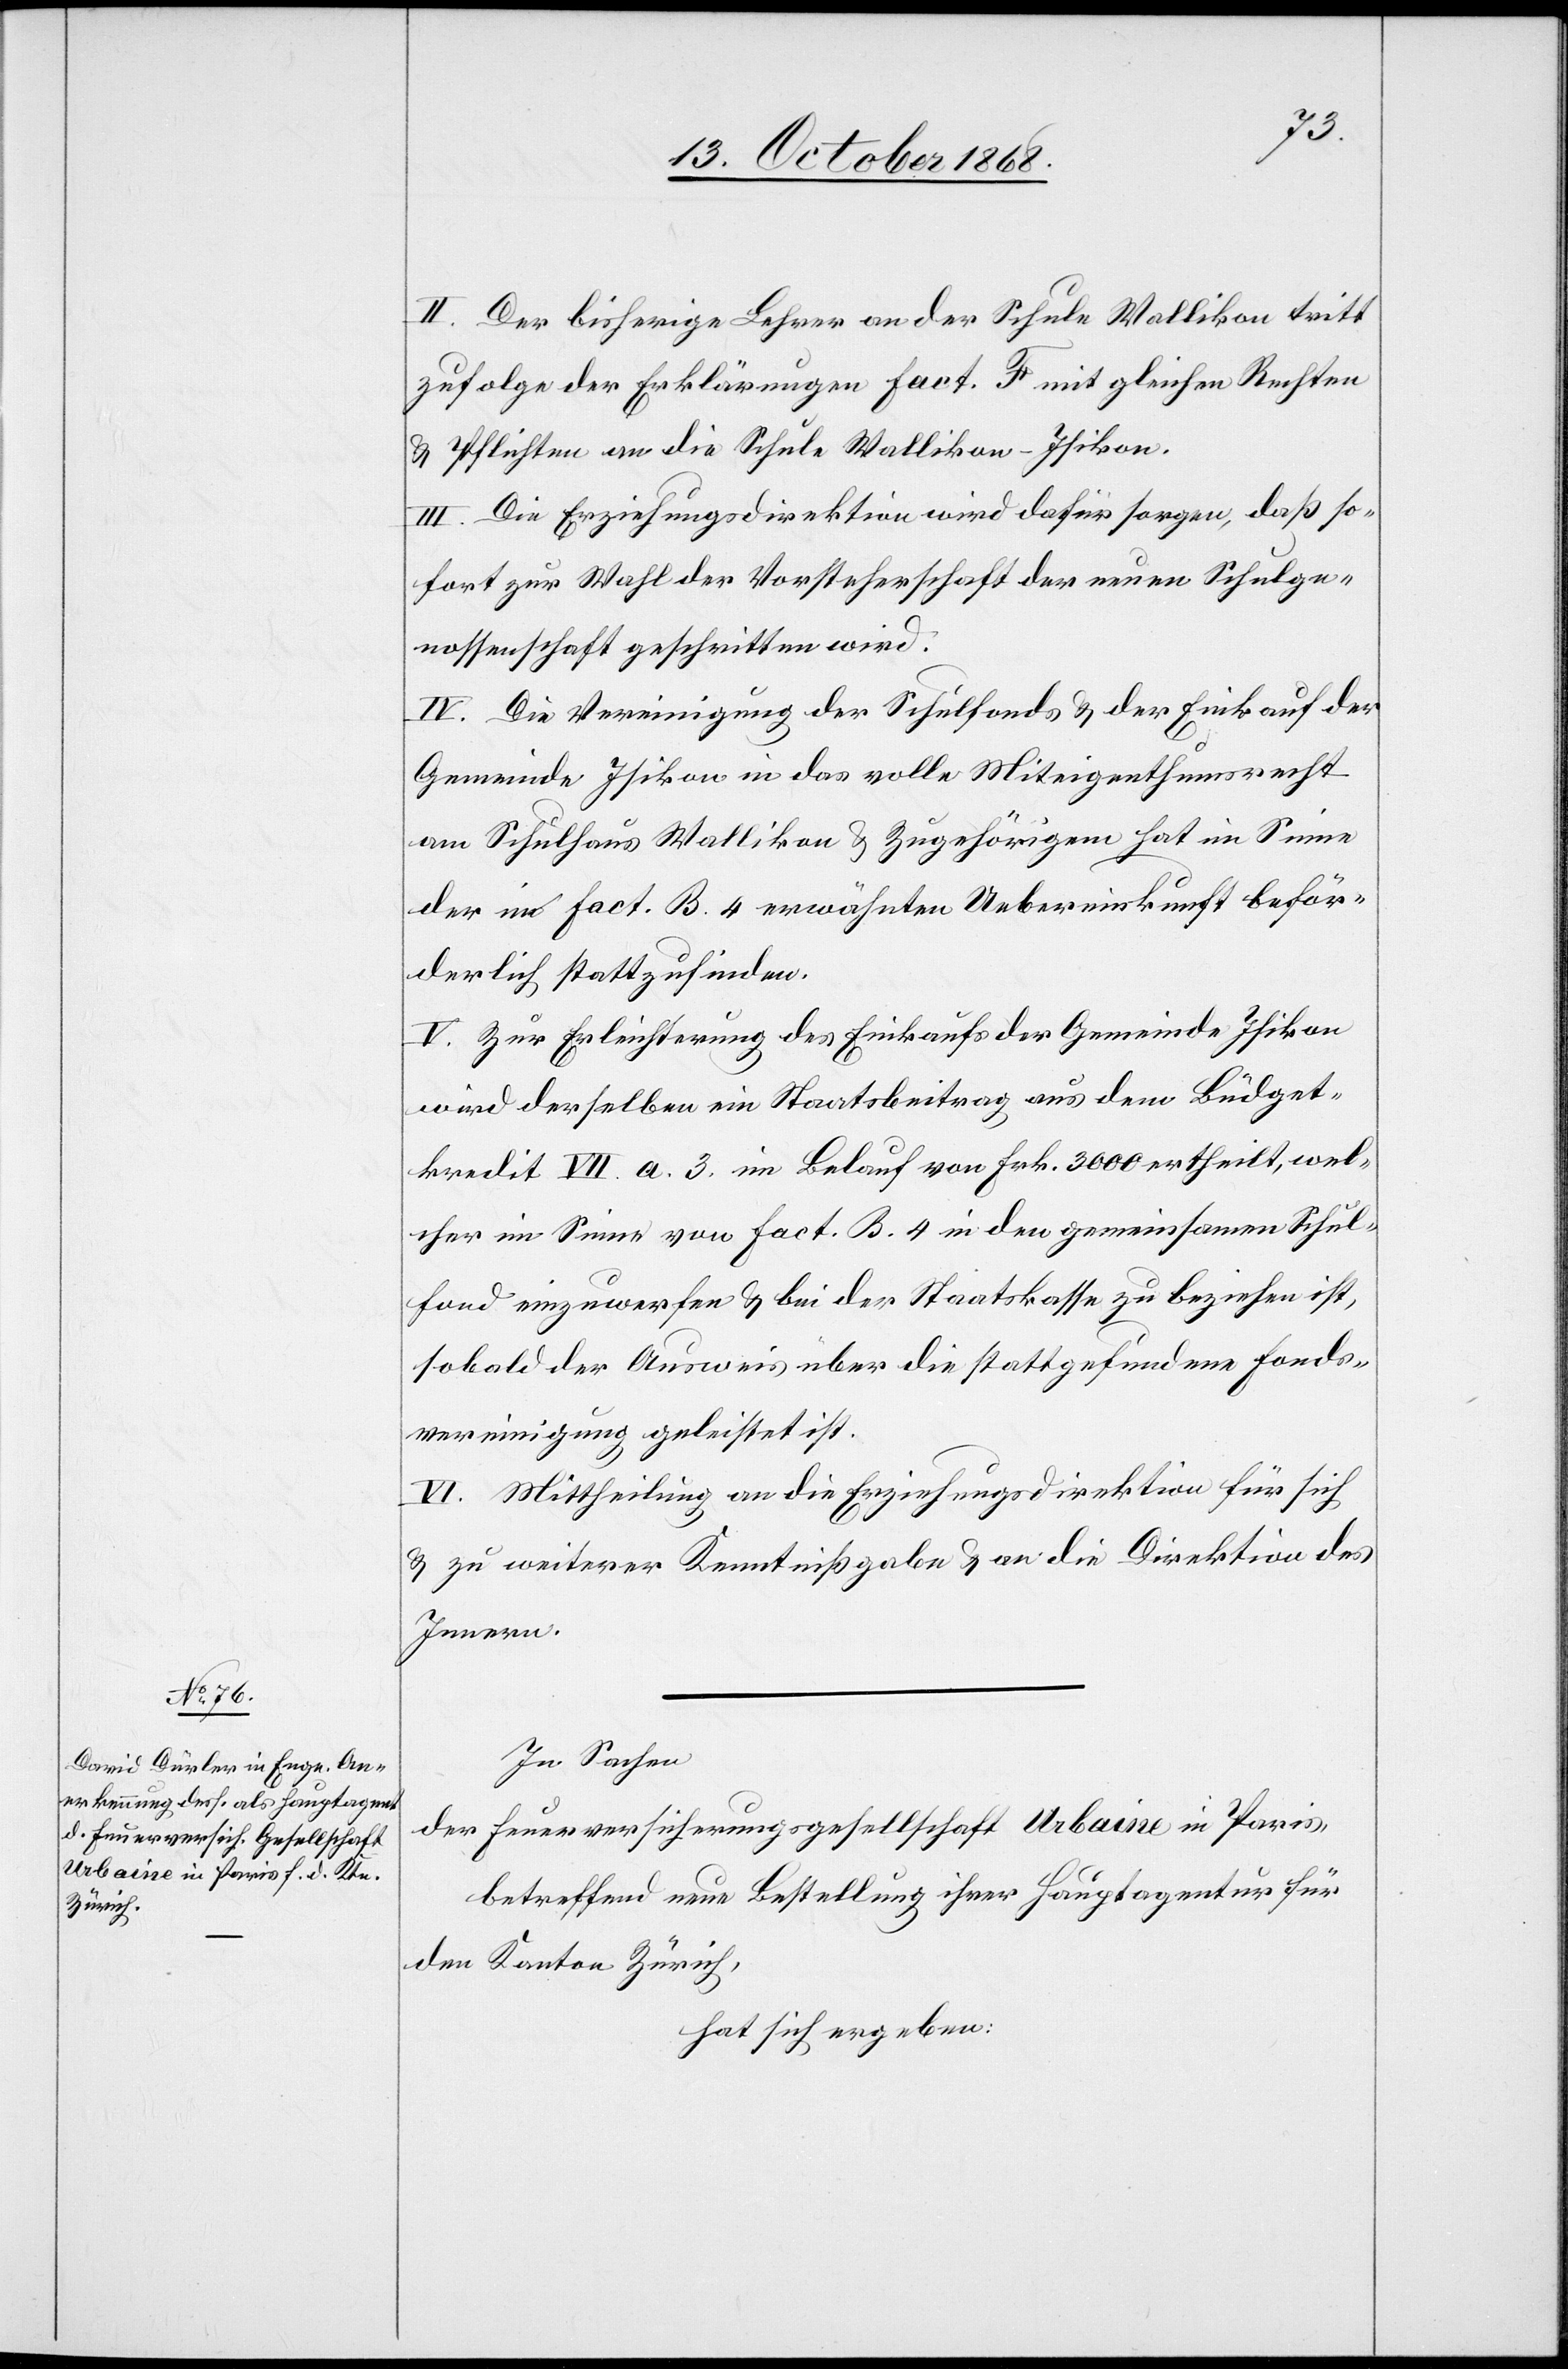
II. Der bisherige Lehrer an der Schule Wallikon tritt
zufolge der Erklärungen Fact. F mit gleichen Rechten
& Pflichten an die Schule Wallikon-Isikon.
III. Die Erziehungsdirektion wird dafür sorgen, daß so¬
fort zur Wahl der Vorsteherschaft der neuen Schulge¬
nossenschaft geschritten wird.
IV. Die Vereinigung der Schulfonds & der Einkauf der
Gemeinde Isikon in das volle Miteigenthumsrecht
am Schulhaus Wallikon & Zugehörigem hat im Sinne
der in Fact. B. 4 erwähnten Uebereinkunft beför¬
derlich stattzufinden.
V. Zur Erleichterung des Einkaufs der Gemeinde Isikon
wird derselben ein Staatsbeitrag aus dem Büdget¬
kredit VII. a. 3. im Belauf von Frk. 3000 ertheilt, wel¬
cher im Sinne von Fact. B. 4 in den gemeinsamen Schul¬
fond einzuwerfen & bei der Staatskasse zu beziehen ist,
sobald der Ausweis über die stattgefundene Fonds¬
vereinigung geleistet ist.
VI. Mittheilung an die Erziehungsdirektion für sich
& zu weiterer Kenntnißgabe & an die Direktion des
Innern.
In Sachen
der Feuerversicherungsgesellschaft Urbaine in Paris,
betreffend neue Bestellung ihrer Hauptagentur für
den Kanton Zürich,
hat sich ergeben: